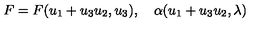
F = F ( u _ { 1 } + u _ { 3 } u _ { 2 } , u _ { 3 } ) , \quad \alpha ( u _ { 1 } + u _ { 3 } u _ { 2 } , \lambda )